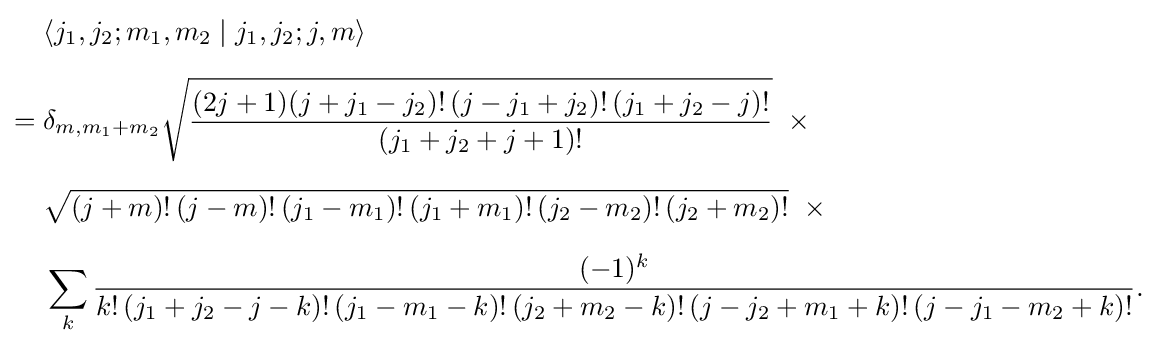
{\begin{aligned}&\langle j_{1},j_{2};m_{1},m_{2}\mid j_{1},j_{2};j,m\rangle \\[6pt]={}&\delta _{m,m_{1}+m_{2}}{\sqrt {\frac {(2j+1)(j+j_{1}-j_{2})!\,(j-j_{1}+j_{2})!\,(j_{1}+j_{2}-j)!}{(j_{1}+j_{2}+j+1)!}}}\ \times {}\\[6pt]&{\sqrt {(j+m)!\,(j-m)!\,(j_{1}-m_{1})!\,(j_{1}+m_{1})!\,(j_{2}-m_{2})!\,(j_{2}+m_{2})!}}\ \times {}\\[6pt]&\sum _{k}{\frac {(-1)^{k}}{k!\,(j_{1}+j_{2}-j-k)!\,(j_{1}-m_{1}-k)!\,(j_{2}+m_{2}-k)!\,(j-j_{2}+m_{1}+k)!\,(j-j_{1}-m_{2}+k)!}}.\end{aligned}}